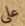
على